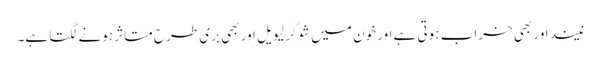
نیند اور بھی خراب ہوتی ہے اور خون میں شوگر لیویل اور بھی بری طرح متاثر ہونے لگتا ہے۔